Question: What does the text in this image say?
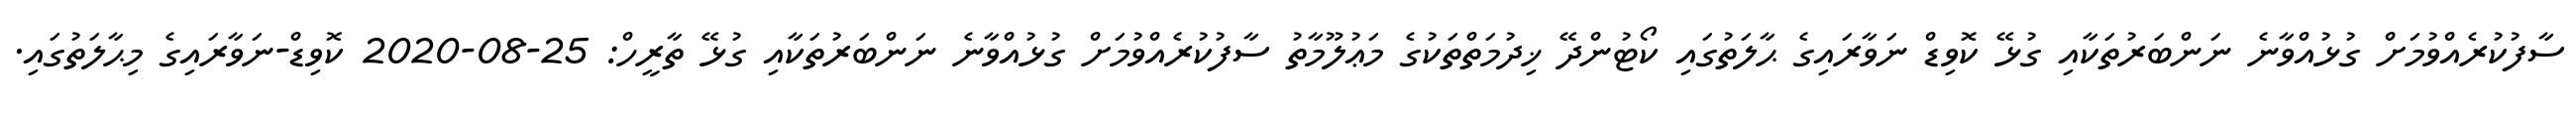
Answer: ސާފުކުރެއްވުމަށް ގުޅުއްވާނެ ނަންބަރުތަކާއި ގުޅޭ ކޮވިޑް ނަވާރައިގެ ޙާލަތުގައި ކޯޓުންދޭ ޚިދުމަތްތަކުގެ މަޢުލޫމާތު ސާފުކުރެއްވުމަށް ގުޅުއްވާނެ ނަންބަރުތަކާއި ގުޅޭ ތާރީހް: 25-08-2020 ކޮވިޑް-ނަވާރައިގެ މިޙާލަތުގައި.